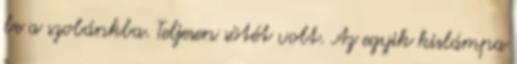
be a szobánkba. Teljesen sötét volt. Az egyik kislámpa